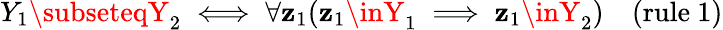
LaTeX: Y_{1}\subseteqY_{2}\iff\forall\mathbf{z}_{1}(\mathbf{z}_{1}\inY_{1}\implies\mathbf{z}_{1}\inY_{2})\quad{\mathrm{{(rule~1)}}}